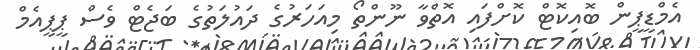
އެމްޑީޕީން ބޮއިކޮޓް ކޮށްފައި އޮތްވާ ނޫންތޯ މިއަހަރުގެ ދައުލަތުގެ ބަޖެޓް ވެސް ޕީޕީއެމް